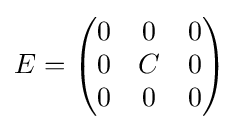
E={\begin{pmatrix}0&0&0\\0&C&0\\0&0&0\end{pmatrix}}